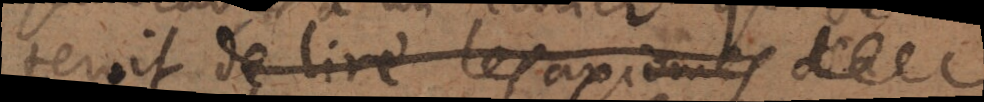
teroit de lire les axiomes d’Euclide